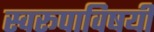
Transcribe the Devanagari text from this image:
स्वरूपाविषयी